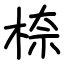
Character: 㮈